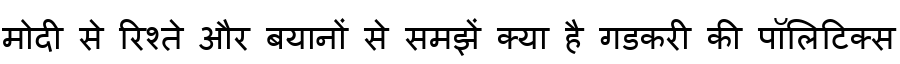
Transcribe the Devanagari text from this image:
मोदी से रिश्ते और बयानों से समझें क्या है गडकरी की पॉलिटिक्स